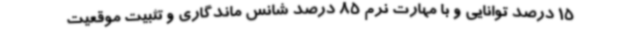
15 درصد توانایی و با مهارت نرم 85 درصد شانس ماندگاری و تثبیت موقعیت